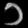
Digit: ၁